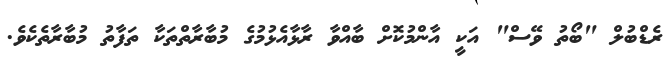
ރެޑްބުލް "ބޯތު ވޭސް" އަކީ އާންމުކޮށް ބާއްވާ ރާޅާއެޅުމުގެ މުބާރާތްތަކާ ތަފާތު މުބާރާތެކެވެ.